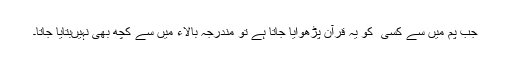
جب پم میں سے کسی ‌ کو یہ قرآن پڑھوایا جاتا ہے تو مندرجہ بالاء میں سے کچھ بھی نہیں‌بتایا جاتا۔